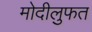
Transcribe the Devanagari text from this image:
मोदीलुफत